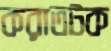
করাতটক